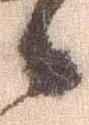
候